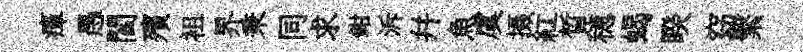
瘴愚閻殯袓界秉同求鉗泝幷魚虞摄紅晳穂蝎睽窈繫